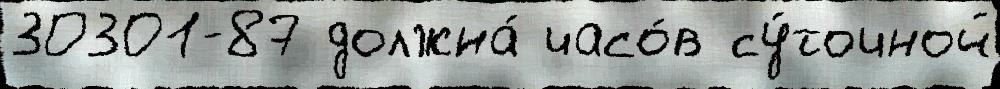
30301-87 должна́ часо́в су́точной